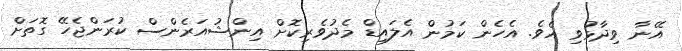
އޭނާ ވިދާޅުވި އެވެ. އެހެން ކަމުން އެލައިޑް މެދުވެރިކޮށް އިންޝުއަރެންސް ކުރަންޖެހޭ ގޮތަށް